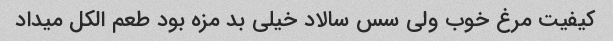
کیفیت مرغ خوب ولی سس سالاد خیلی بد مزه بود طعم الکل میداد